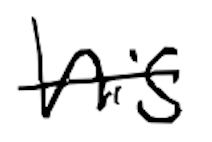
Text: his
Cross-out: single-line
Writing tool: digital_black